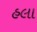
હલા